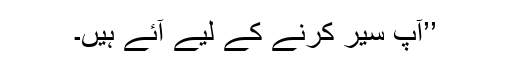
’’آپ سیر کرنے کے لیے آئے ہیں۔